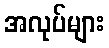
အလုပ်များ